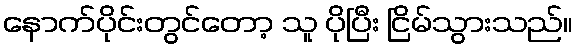
နောက်ပိုင်းတွင်တော့ သူ ပိုပြီး ငြိမ်သွားသည်။